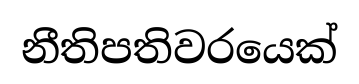
නීතිපතිවරයෙක්